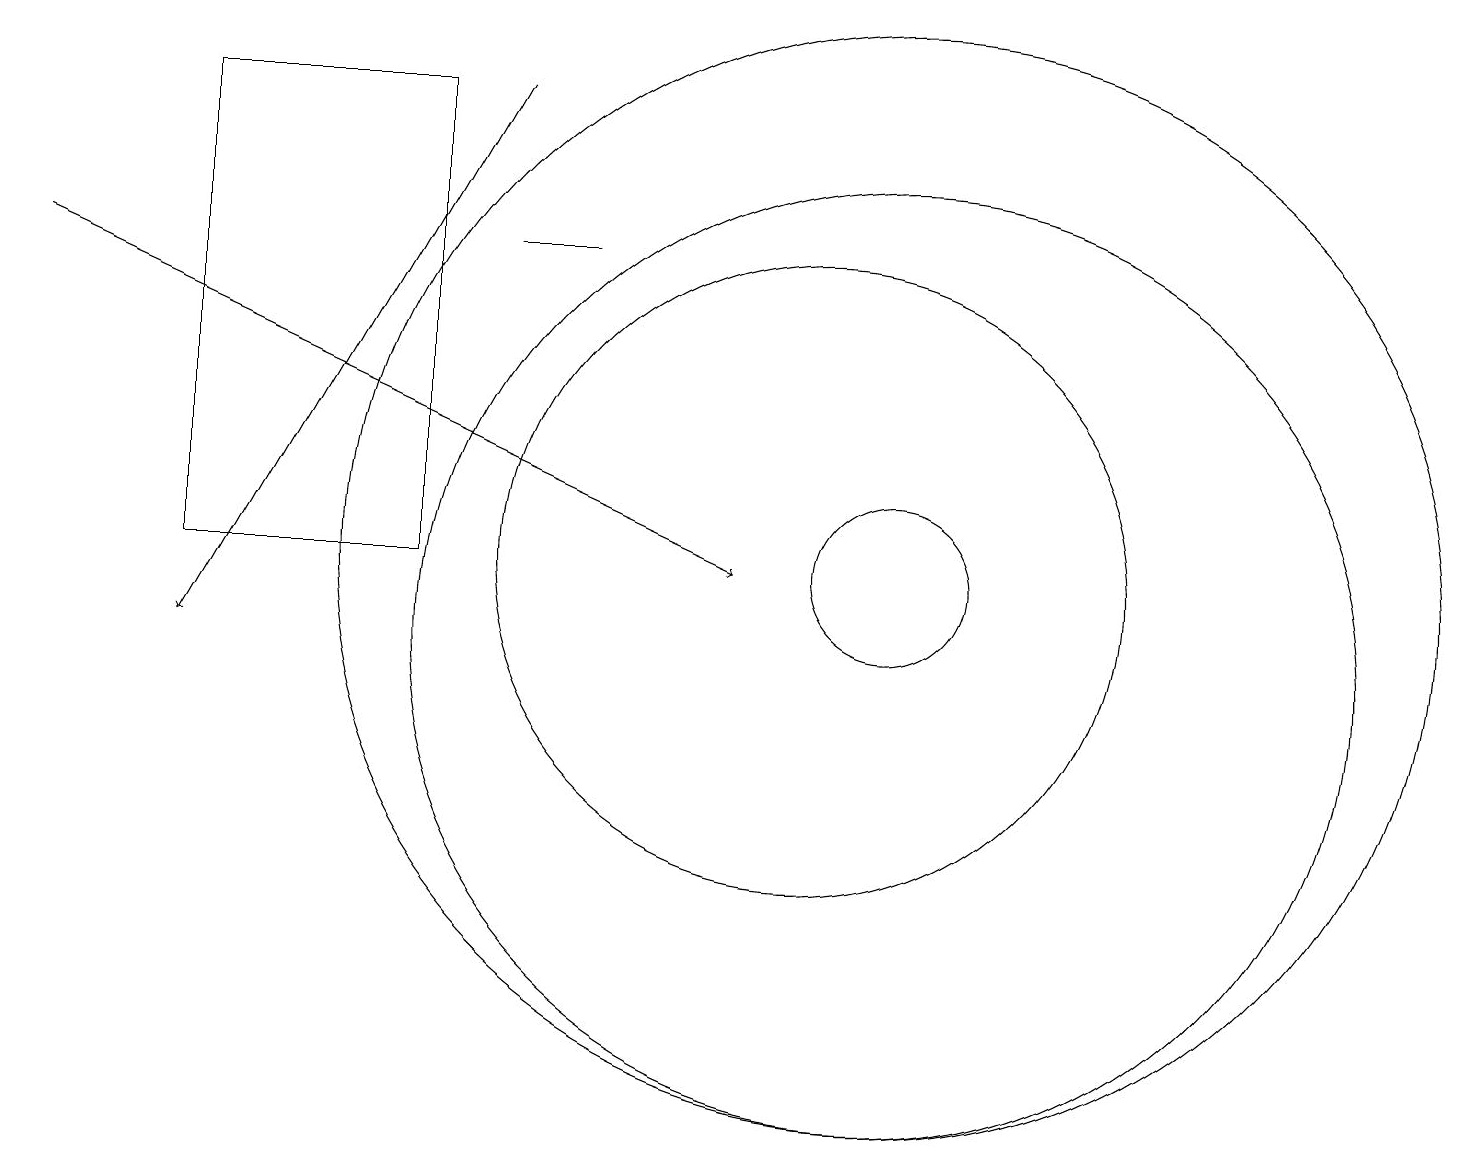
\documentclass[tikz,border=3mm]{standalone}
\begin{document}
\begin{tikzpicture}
\draw (11,12) circle (1);
\draw (2,12) rectangle (5,18);
\draw (10,12) circle (4);
\draw (7,16) rectangle (6,16);
\draw (11,11) circle (6);
\draw[->] (0,16) -- (9,12);
\draw[->] (6,18) -- (2,11);
\draw (11,12) circle (7);
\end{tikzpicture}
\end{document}